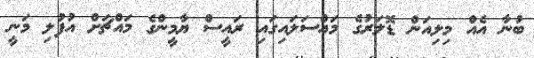
ބުނާ އެއް މިލިއަން ޑޮލަރުގެ މައްސަލައިގައި ރައީސް ޔާމީންގެ މައްޗަށް އުފުލި މަނީ